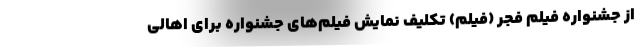
از جشنواره فیلم فجر (فیلم) تکلیف نمایش فیلم‌های جشنواره برای اهالی